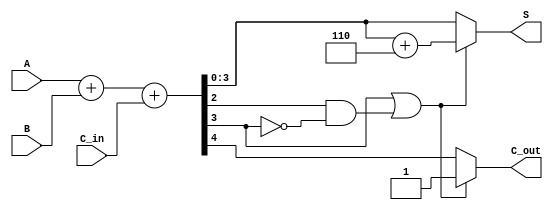
module BCD_Fast_Adder (
    input  [3:0] A,      // First BCD digit
    input  [3:0] B,      // Second BCD digit
    input        C_in,    // Carry-in
    output reg [3:0] S,   // BCD sum
    output reg C_out      // Carry-out
);

// Internal wires
wire [4:0] Sum;          // 5-bit sum to accommodate carry
wire correction_needed;   // Flag for BCD correction

// Step 1: Perform binary addition
assign Sum = A + B + C_in;

// Step 2: Check if correction is needed
// Correction needed if Sum[3:0] > 9 (i.e., Sum[3] == 1 or (Sum[2] == 1 and Sum[3] == 0))
assign correction_needed = (Sum[3] || (Sum[2] && !Sum[3]));

// Step 3: Generate the final BCD result
always @(*) begin
    if (correction_needed) begin
        // Apply the correction by adding 6 (0110)
        S = Sum[3:0] + 4'b0110;
        C_out = 1'b1; // Set carry-out if correction is applied
    end else begin
        S = Sum[3:0];
        C_out = Sum[4]; // Carry-out from the initial addition
    end
end

endmodule